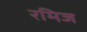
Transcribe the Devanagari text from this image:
रमिज